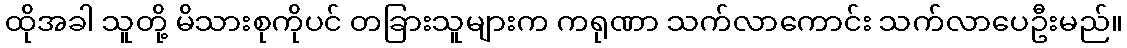
ထိုအခါ သူတို့ မိသားစုကိုပင် တခြားသူများက ကရုဏာ သက်လာကောင်း သက်လာပေဦးမည်။